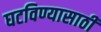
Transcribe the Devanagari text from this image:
घटविण्यासाठी